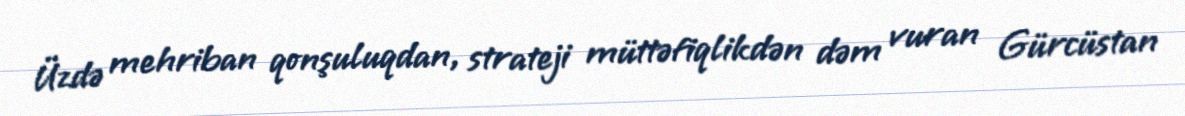
Üzdə mehriban qonşuluqdan, strateji müttəfiqlikdən dəm vuran Gürcüstan